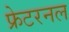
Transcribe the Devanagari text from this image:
फ्रेटरनल